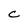
Character: C